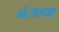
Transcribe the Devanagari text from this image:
गंजल्या